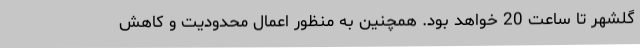
گلشهر تا ساعت 20 خواهد بود. همچنین به منظور اعمال محدودیت و کاهش